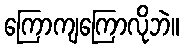
ကြောကျကြောလိုဘဲ။